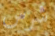
شرس